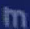
m